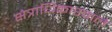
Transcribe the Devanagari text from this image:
क्षेत्राधिकारवाले